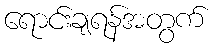
ရောင်းချရန်အတွက်